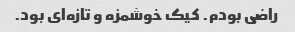
راضی بودم. کیک خوشمزه و تازه‌ای بود.